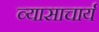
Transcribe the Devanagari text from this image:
व्यासाचार्य